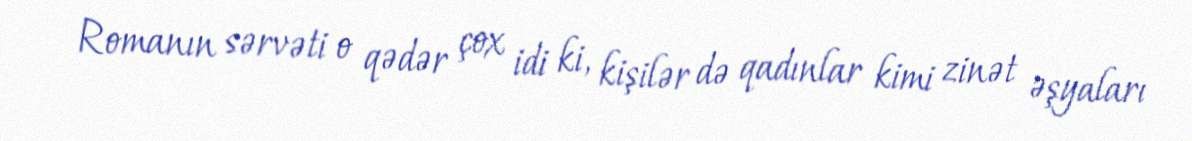
Romanın sərvəti o qədər çox idi ki, kişilər də qadınlar kimi zinət əşyaları